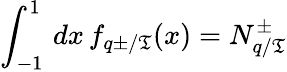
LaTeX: \int_{-1}^{1}\, dx\, f_{q\pm/\mathfrak{T}}(x)=N_{q/\mathfrak{T}}^{\pm}